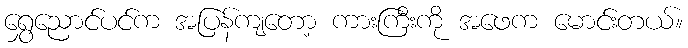
ရွှေညောင်ပင်က အပြန်ကျတော့ ကားကြီးကို အဖေက မောင်းတယ်။